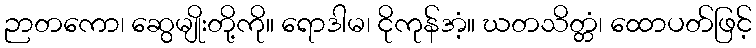
ဉာတကော၊ ဆွေမျိုးတို့ကို။ ရောဒါမ၊ ငိုကုန်အံ့။ ဃတသိတ္တံ၊ ထောပတ်ဖြင့်